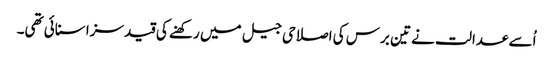
اُسے عدالت نے تین برس کی اصلاحی جیل میں رکھنے کی قید سزا سنائی تھی۔